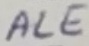
Text: ALE